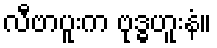
လီဗာပူးက ဗုဒ္ဓဟူးနံ။